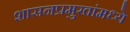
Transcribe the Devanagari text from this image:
शासनप्रमुखांमध्ये